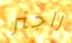
راجنر